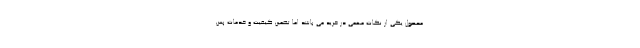
محصول یکی از نکات مهمی در خرید می باشد اما تضمین کیفیت و خدمات پس